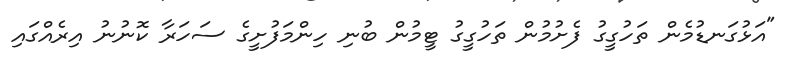
"އަޅުގަނޑުމެން ތަހުގީގު ފެށުމުން ތަހުގީގު ޓީމުން ބުނި ހިންމަފުށީގެ ސަހަރާ ކޮނުނު އިރެއްގައި